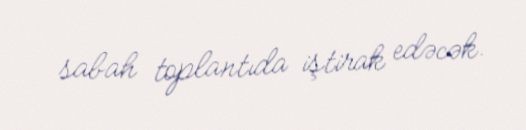
sabah toplantıda iştirak edəcək.